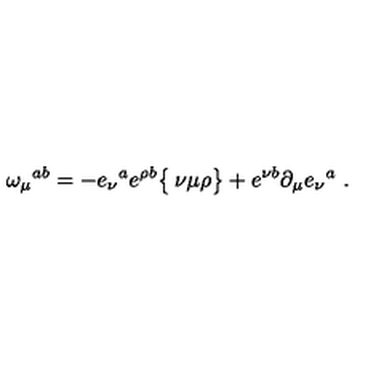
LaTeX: \omega _ { \mu } { } ^ { a b } = - e _ { \nu } { } ^ { a } e ^ { \rho b } \bigl \{ \begin{matrix} { \nu } \\ { \mu \rho } \\ \end{matrix} \bigr \} + e ^ { \nu b } \partial _ { \mu } e _ { \nu } { } ^ { a } \ .